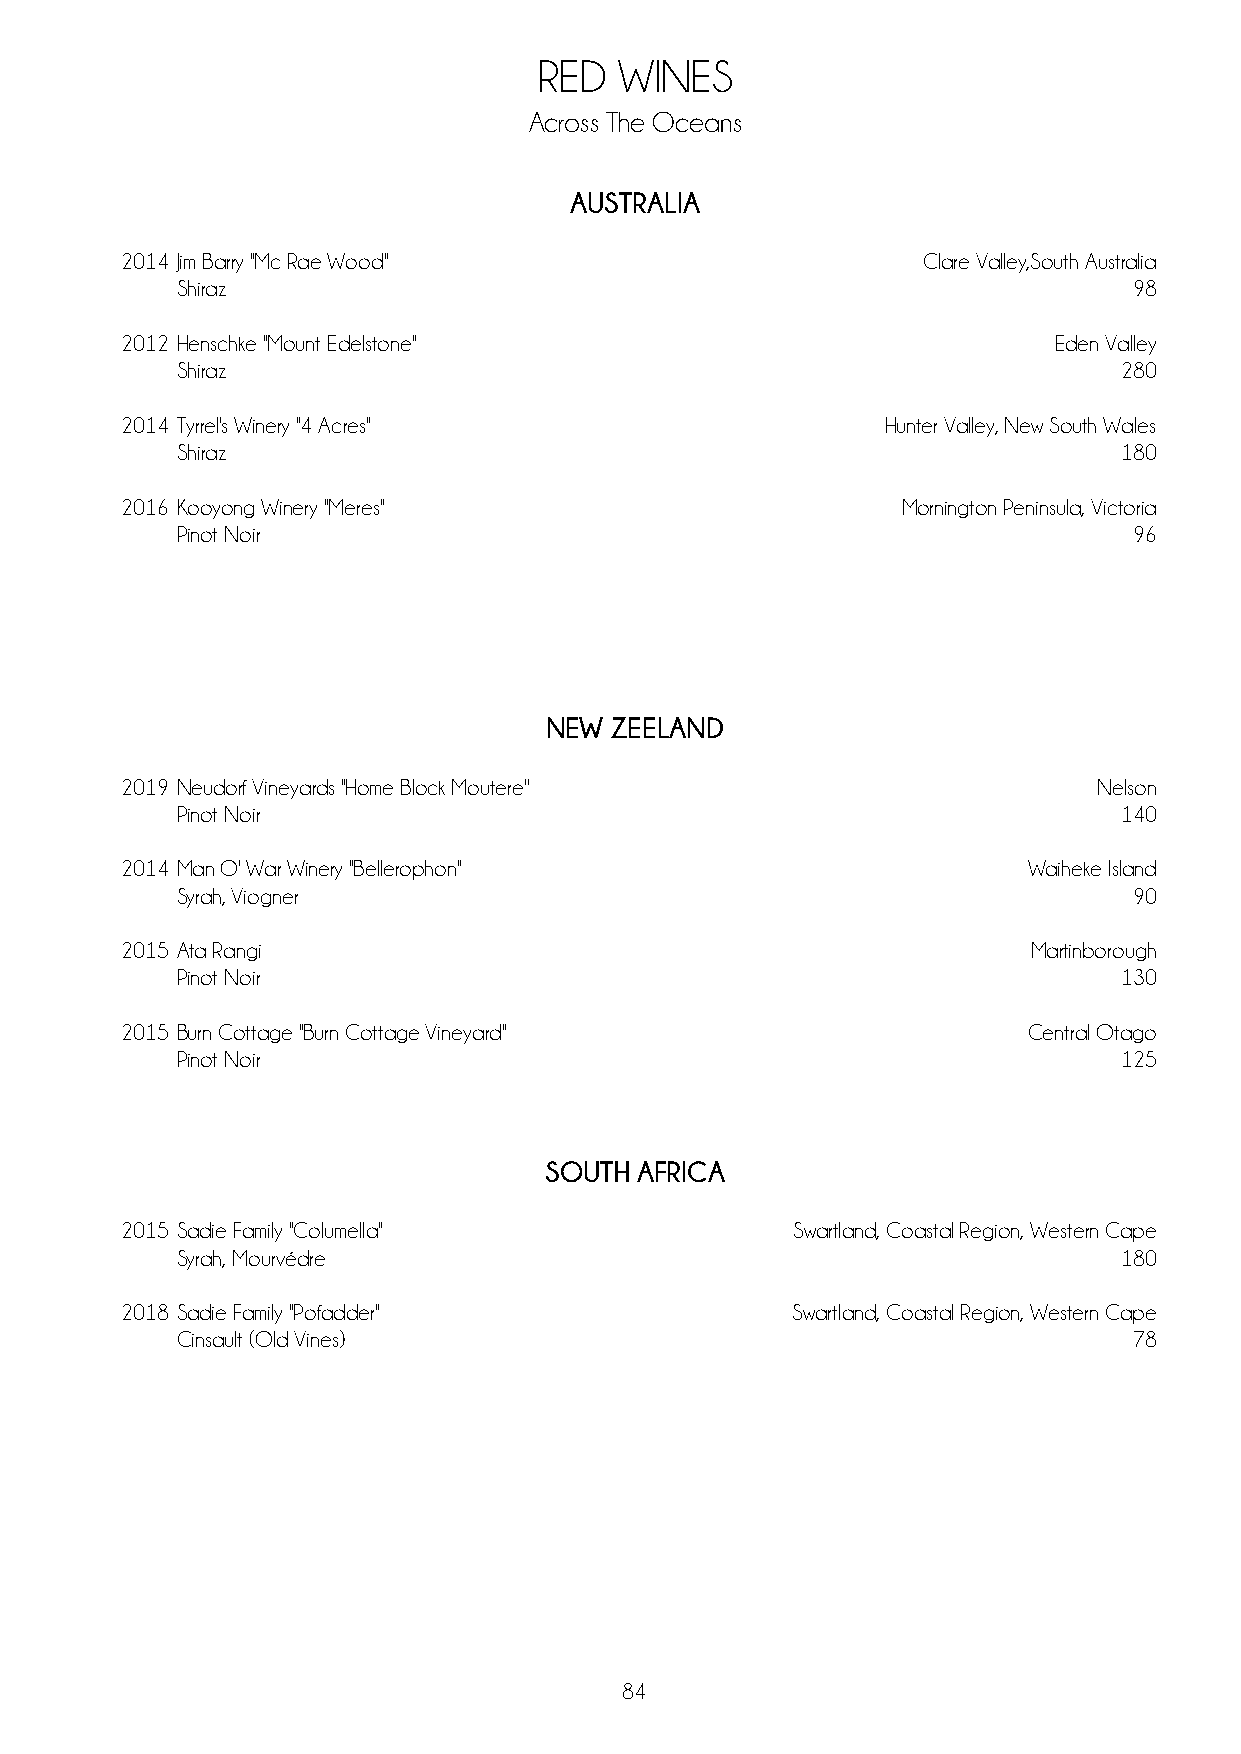
RED  WINES
 Across The Oceans
 AUSTRALIA
 2014 Jim Barry ''Mc Rae Wood''                       Clare Valley,South Australia
 Shiraz                                                         98
 2012 Henschke "Mount Edelstone"                               Eden Valley
 Shiraz                                                        280
 2014 Tyrrel's Winery ''4 Acres''                   Hunter Valley, New South Wales
 Shiraz                                                        180
 2016 Kooyong Winery ''Meres''                       Mornington Peninsula, Victoria
 Pinot Noir                                                     96
 NEW ZEELAND
 2019 Neudorf Vineyards ''Home Block Moutere''                    Nelson
 Pinot Noir                                                    140
 2014 Man O' War Winery ''Bellerophon''                      Waiheke Island
 Syrah, Viogner                                                 90
 2015 Ata Rangi                                              Martinborough
 Pinot Noir                                                    130
 2015 Burn Cottage ''Burn Cottage Vineyard''                 Central Otago
 Pinot Noir                                                    125
 SOUTH AFRICA
 2015 Sadie Family ''Columella''             Swartland, Coastal Region, Western Cape
 Syrah, Mourvédre                                              180
 2018 Sadie Family ''Pofadder''              Swartland, Coastal Region, Western Cape
 Cinsault (Old Vines)                                           78
 84